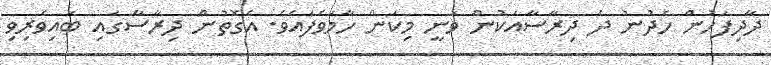
ދާދިފަހުން ހެދުނު ދެ ދިރާސާއަކުން ވަނީ މިކަން ހާމަވެފައެވެ. އެގޮތުން ދިރާސާގައި ބައިވެރިވި